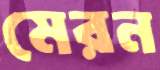
মেরন